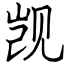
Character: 觊